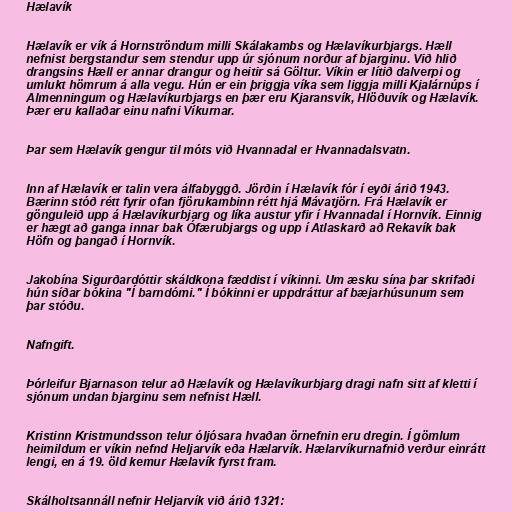
Hælavík

Hælavík er vík á Hornströndum milli Skálakambs og Hælavíkurbjargs. Hæll
nefnist bergstandur sem stendur upp úr sjónum norður af bjarginu. Við hlið
drangsins Hæll er annar drangur og heitir sá Göltur. Víkin er lítið dalverpi og
umlukt hömrum á alla vegu. Hún er ein þriggja víka sem liggja milli Kjalárnúps í
Almenningum og Hælavíkurbjargs en þær eru Kjaransvík, Hlöðuvík og Hælavík.
Þær eru kallaðar einu nafni Víkurnar.

Þar sem Hælavík gengur til móts við Hvannadal er Hvannadalsvatn.

Inn af Hælavík er talin vera álfabyggð. Jörðin í Hælavík fór í eyði árið 1943.
Bærinn stóð rétt fyrir ofan fjörukambinn rétt hjá Mávatjörn. Frá Hælavík er
gönguleið upp á Hælavíkurbjarg og líka austur yfir í Hvannadal í Hornvík. Einnig
er hægt að ganga innar bak Ófærubjargs og upp í Atlaskarð að Rekavík bak
Höfn og þangað í Hornvík.

Jakobína Sigurðardóttir skáldkona fæddist í víkinni. Um æsku sína þar skrifaði
hún síðar bókina "Í barndómi." Í bókinni er uppdráttur af bæjarhúsunum sem
þar stóðu.

Nafngift.

Þórleifur Bjarnason telur að Hælavík og Hælavíkurbjarg dragi nafn sitt af kletti í
sjónum undan bjarginu sem nefnist Hæll.

Kristinn Kristmundsson telur óljósara hvaðan örnefnin eru dregin. Í gömlum
heimildum er víkin nefnd Heljarvík eða Hælarvík. Hælarvíkurnafnið verður einrátt
lengi, en á 19. öld kemur Hælavík fyrst fram.

Skálholtsannáll nefnir Heljarvík við árið 1321: